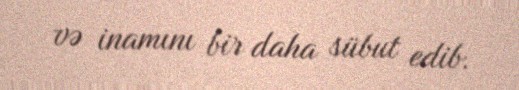
və inamını bir daha sübut edib.